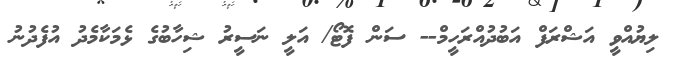
ލިޔުއްވީ އަޝްރަފް އަބުދުއްރަހީމް-- ސަން ފޮޓޯ/ އަލީ ނަސީރު ޝިހާބުގެ ޅެމަކާމެދު އުފެދުނު